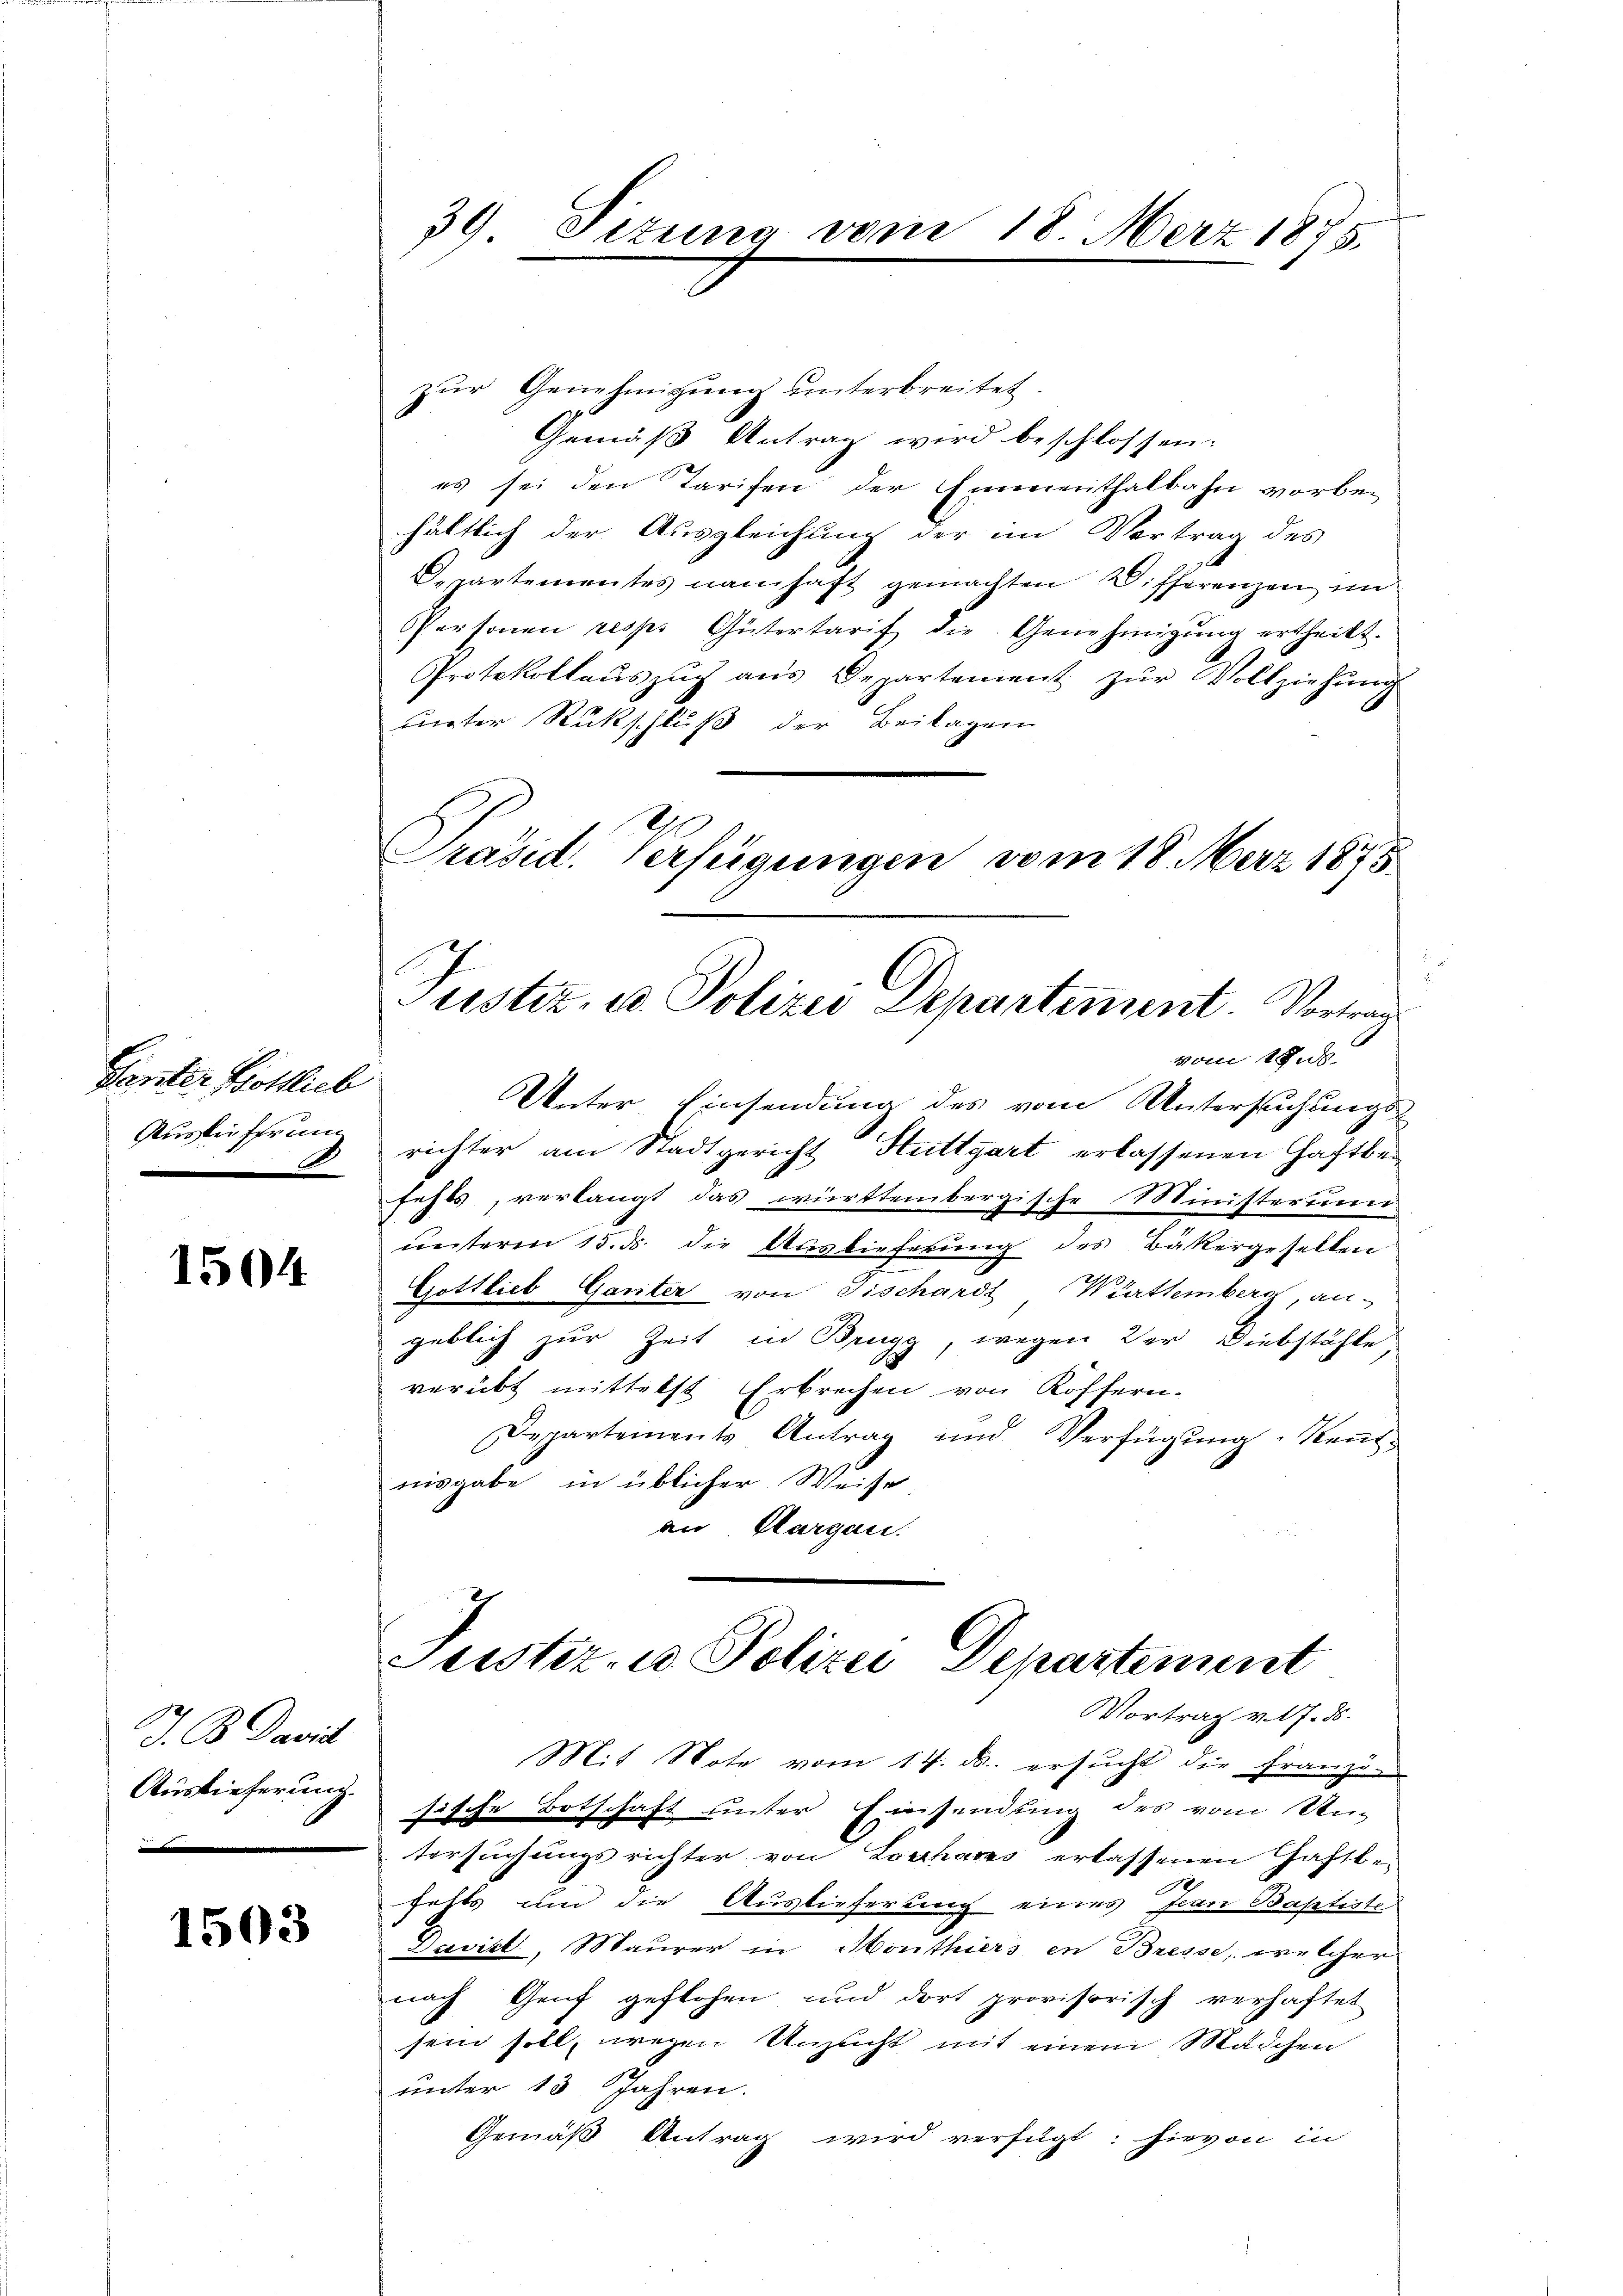
Ganter Bottlich
Auslieferun
A.

1504

J. B. David
Auslieferung.

1503

39 Tizung vom

Präsid. Verfügungen vom 18. März 1875.

Justiz- u. Polizei Departement. Vortrag
vom 18.

zŭr Genehmigung unterbreitet.
Gemäß Antrag wird beschlossen:
es sei den Tarifen der Emmenthalbahn vorbe-
hältlich der Ausgleichung der im Vertrag des
Departementes namhaft gemachten Differenzen im
Personen resp. Gütertarif die Genehmigŭng ertheilt.
Protokollaŭszŭg aŭs Departement zŭr Vollziehŭng
unter Rückschluß der Beilagen
n
Unter Einsendung des vom Untersuchungs-
richter am Stadtgericht Stuttgart erlassenen Haftbefehls, verlangt das württembergische Ministerun
unterm 15. ds. die Auslieferung des Bäkergeselten
Gottlieb Ganter von Fischardt Württemberg, an-
geblich zur Zeit in Brugg, wegen der Diebstähle,
verübt mittelst Erbrechen von Koffern-
Departements Antrag und Verfügung. Keṅt-
nisgabe in üblicher Weise
an Aargau.
Justiz- u Polizei Departement
Vortrag v. 17. d.
Mit Note vom 14. ds. ersucht die Franz-
sische Botschaft unter Einsendung des vom Un-
tersuchungsrichter von Loshaors erlassenen Haftbefehts um die Auslieferung eines Jean Baptiste
Devist, Maurer in Monthiers in Bresse, welcher
nach Genf geflohen und dort provisorisch verhaftet
sein soll, wegen Unzucht mit einem Mädchen
unter 13 Jahren.
Gemäß Antrag wird verfügt: Hievon in

18 Merz 1875.